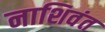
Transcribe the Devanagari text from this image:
नाशिवंत